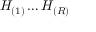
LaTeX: H _ { ( 1 ) } \ldots H _ { ( R ) }